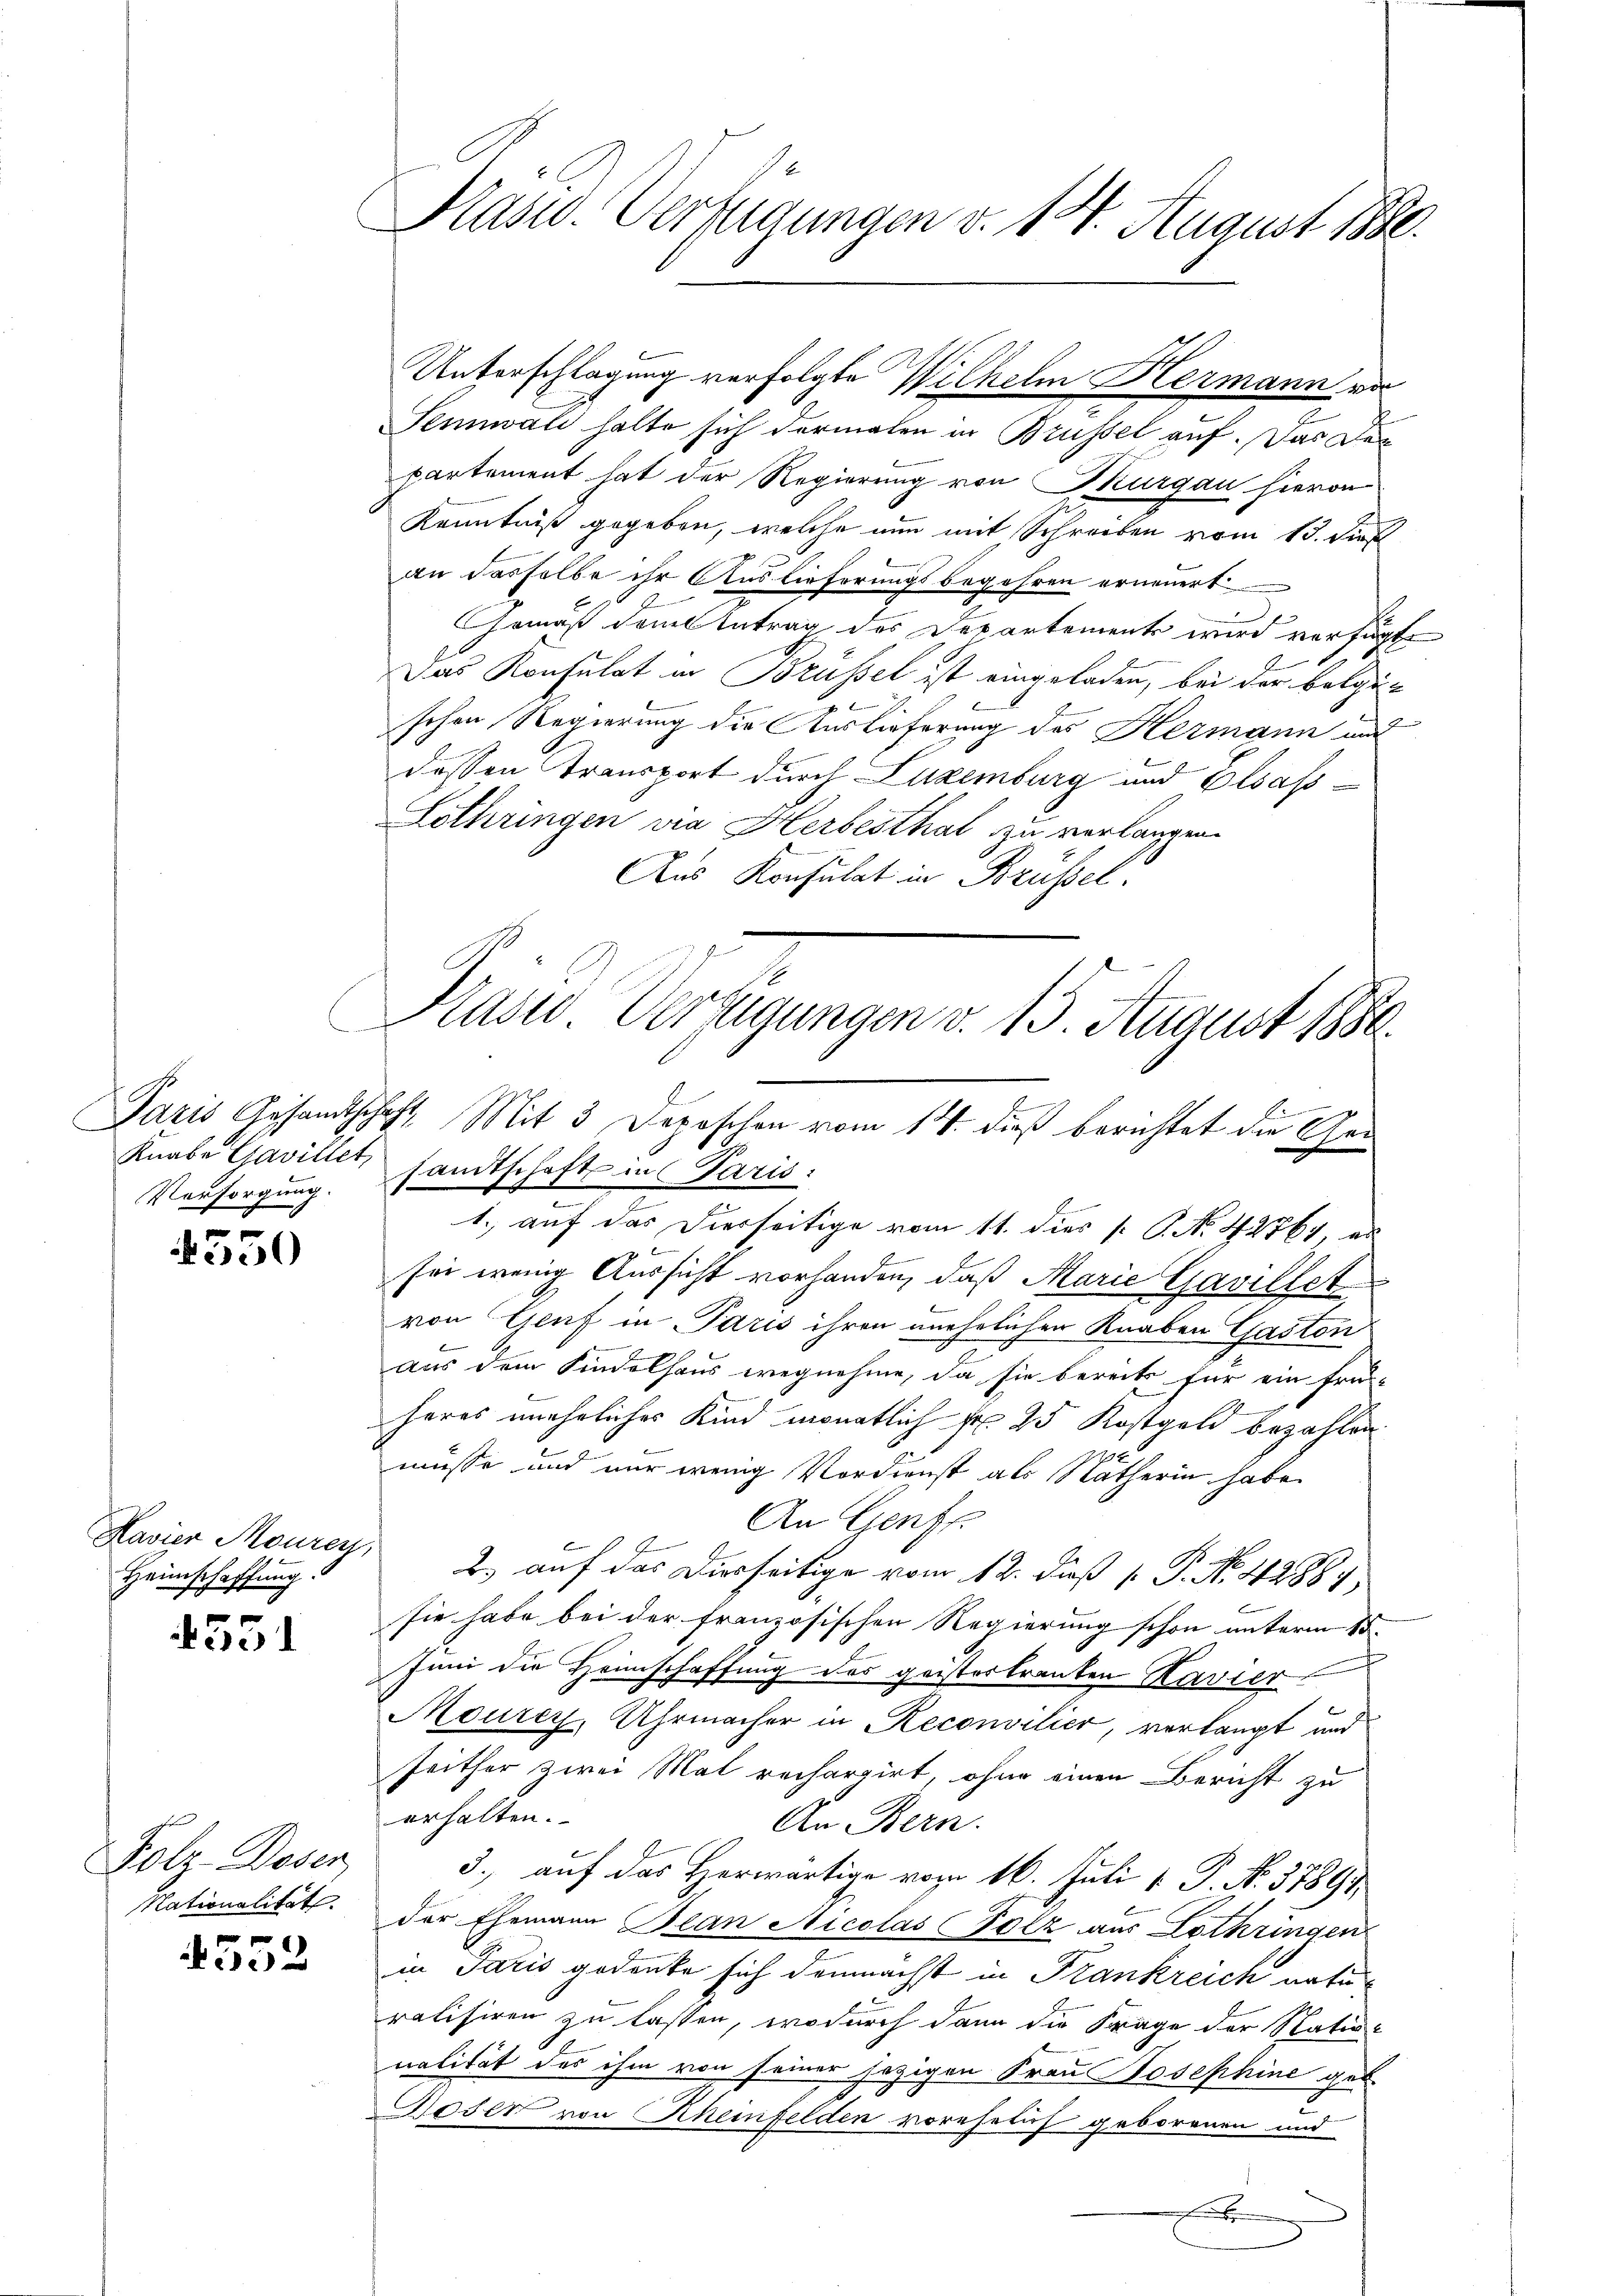
Knabe Gavillet,
Vorsorgung.

4530

Havier Mourey
Heimschaffung.

4551

Folz-Dosen,
Nationalität

552

Kasw. Verfügungen v. 14. August 1880.

n
Sennwald halte sich dermalen in Brüssel auf. Das Departement hat der Regierung von Thurgau hieron
Kenntniß gegeben, welche nun mit Schreiben vom 13. dies
an dasselbe ihr Auslieferungsbegehren erneuert
Gemäß dem Antrag des Departement wird verfügt
Das Konsulat in Brüssel ist eingeladen, bei der Belgie
schon Regierung die Auslieferung des Hermann und
dessen Transport durch Luzemburg und Elsass¬
Lothringen vie Herbesthal zu verlangen.
Aus Konsulat in Brüssel.
Praser Verfügungen v. 13. August 1886.

Unterschlagung verfolgte Wilhelm Hermann vor

2
Paris Gesandtschaft, Mit 3 Depeschen vom 14. dieß berichtet die Gen

sandtschaft in Paris:
1. auf das Dierseitige vom 11. dies [ P. Nr. 42761, es
sei wenig Aussicht vorhanden, daß Marie Gavillet
von Genf in Paris ihren unehelichen Knaben Gaston
aus dem Kindelhaus wegnehme, da sie bereits für ein Frei-
heres uneheliches Kind monatlich pr 25 Kostgeld bezahlen
müsse und nur wenig Verdienst als Nätherin habe
An Genf.
b
2) auf das Diesseitige vom 12. dieß P. No 12889
sie habe bei der französischen Regierung schon unterm 15.
Juni die Heimschaffung des geistertranken Kavier
Mourey, Uhrmacher in Reconsilier, verlangt und
seither zwei Mal rechargirt, ohne einen Bericht zu
erhalten.
An Bern.
3., auf das Herwärtige vom 16. Juli v. P. No. 37891
der Ehemann Blan Nicolas Holz aus Lothringen
in Paris gedanke sich demnächst in Frankreich natu-
ralisiren zu lassen, wodurch dann die Frage der Natio-
nalität des ihm von seiner jezigen Frau Josephine get
Goder von Rheinfelden vorehelich geborenen und
.